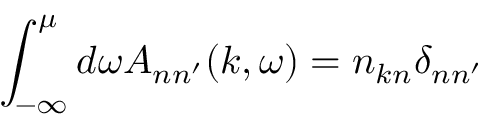
\int _ { - \infty } ^ { \mu } d \omega A _ { n n ^ { \prime } } ( k , \omega ) = n _ { k n } \delta _ { n n ^ { \prime } }